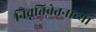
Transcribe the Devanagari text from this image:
निवृत्तिवेतनाच्या